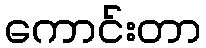
ကောင်းတာ